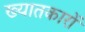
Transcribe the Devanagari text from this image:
ख्यातकारों